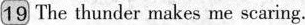
19 The thunder makes me scaring.